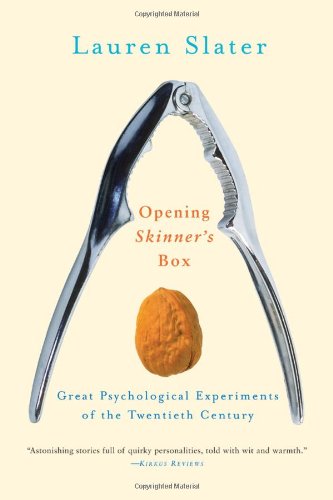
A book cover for Opening Skinner's Box: Great Psychological Experiments of the Twentieth Century; Lauren Slater; Medical Books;